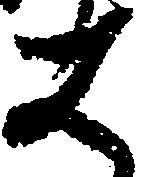
は